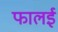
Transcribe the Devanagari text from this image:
फालई